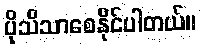
ပိုသိသာစေနိုင်ပါတယ်။